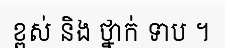
ខ្ពស់ និង ថ្នាក់ ទាប ។